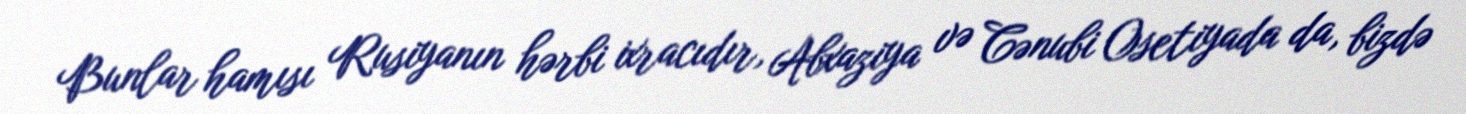
Bunlar hamısı Rusiyanın hərbi ixracıdır, Abxaziya və Cənubi Osetiyada da, bizdə